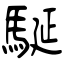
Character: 駳